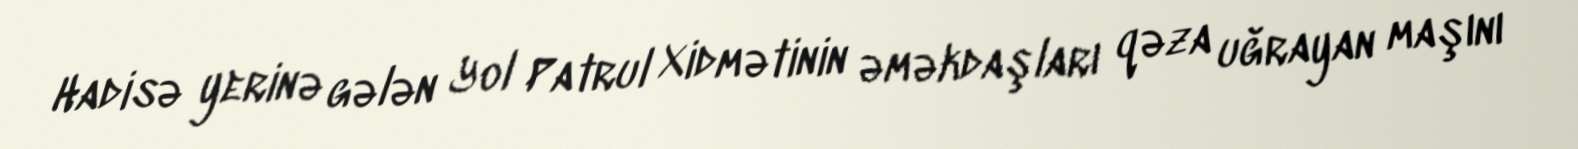
Hadisə yerinə gələn Yol Patrul Xidmətinin əməkdaşları qəza uğrayan maşını